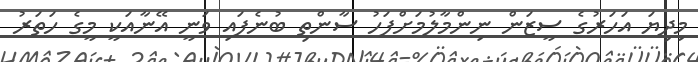
މިދިޔަ އަހަރުގެ ސީޒަން ނިންމާލުމަށްފަހު ސާންތި ބުނެފައި ވަނީ އޭނާއަކީ މީގެ ހަތަރު